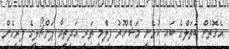
އެގޮތުން ބަތަލްގެ ބައި ކުޅޭނީ މަޝްހޫރު ފިލްމީ ތަރި އަދިތިޔާ ޕަންޗޯލީގެ ފިރިހެން